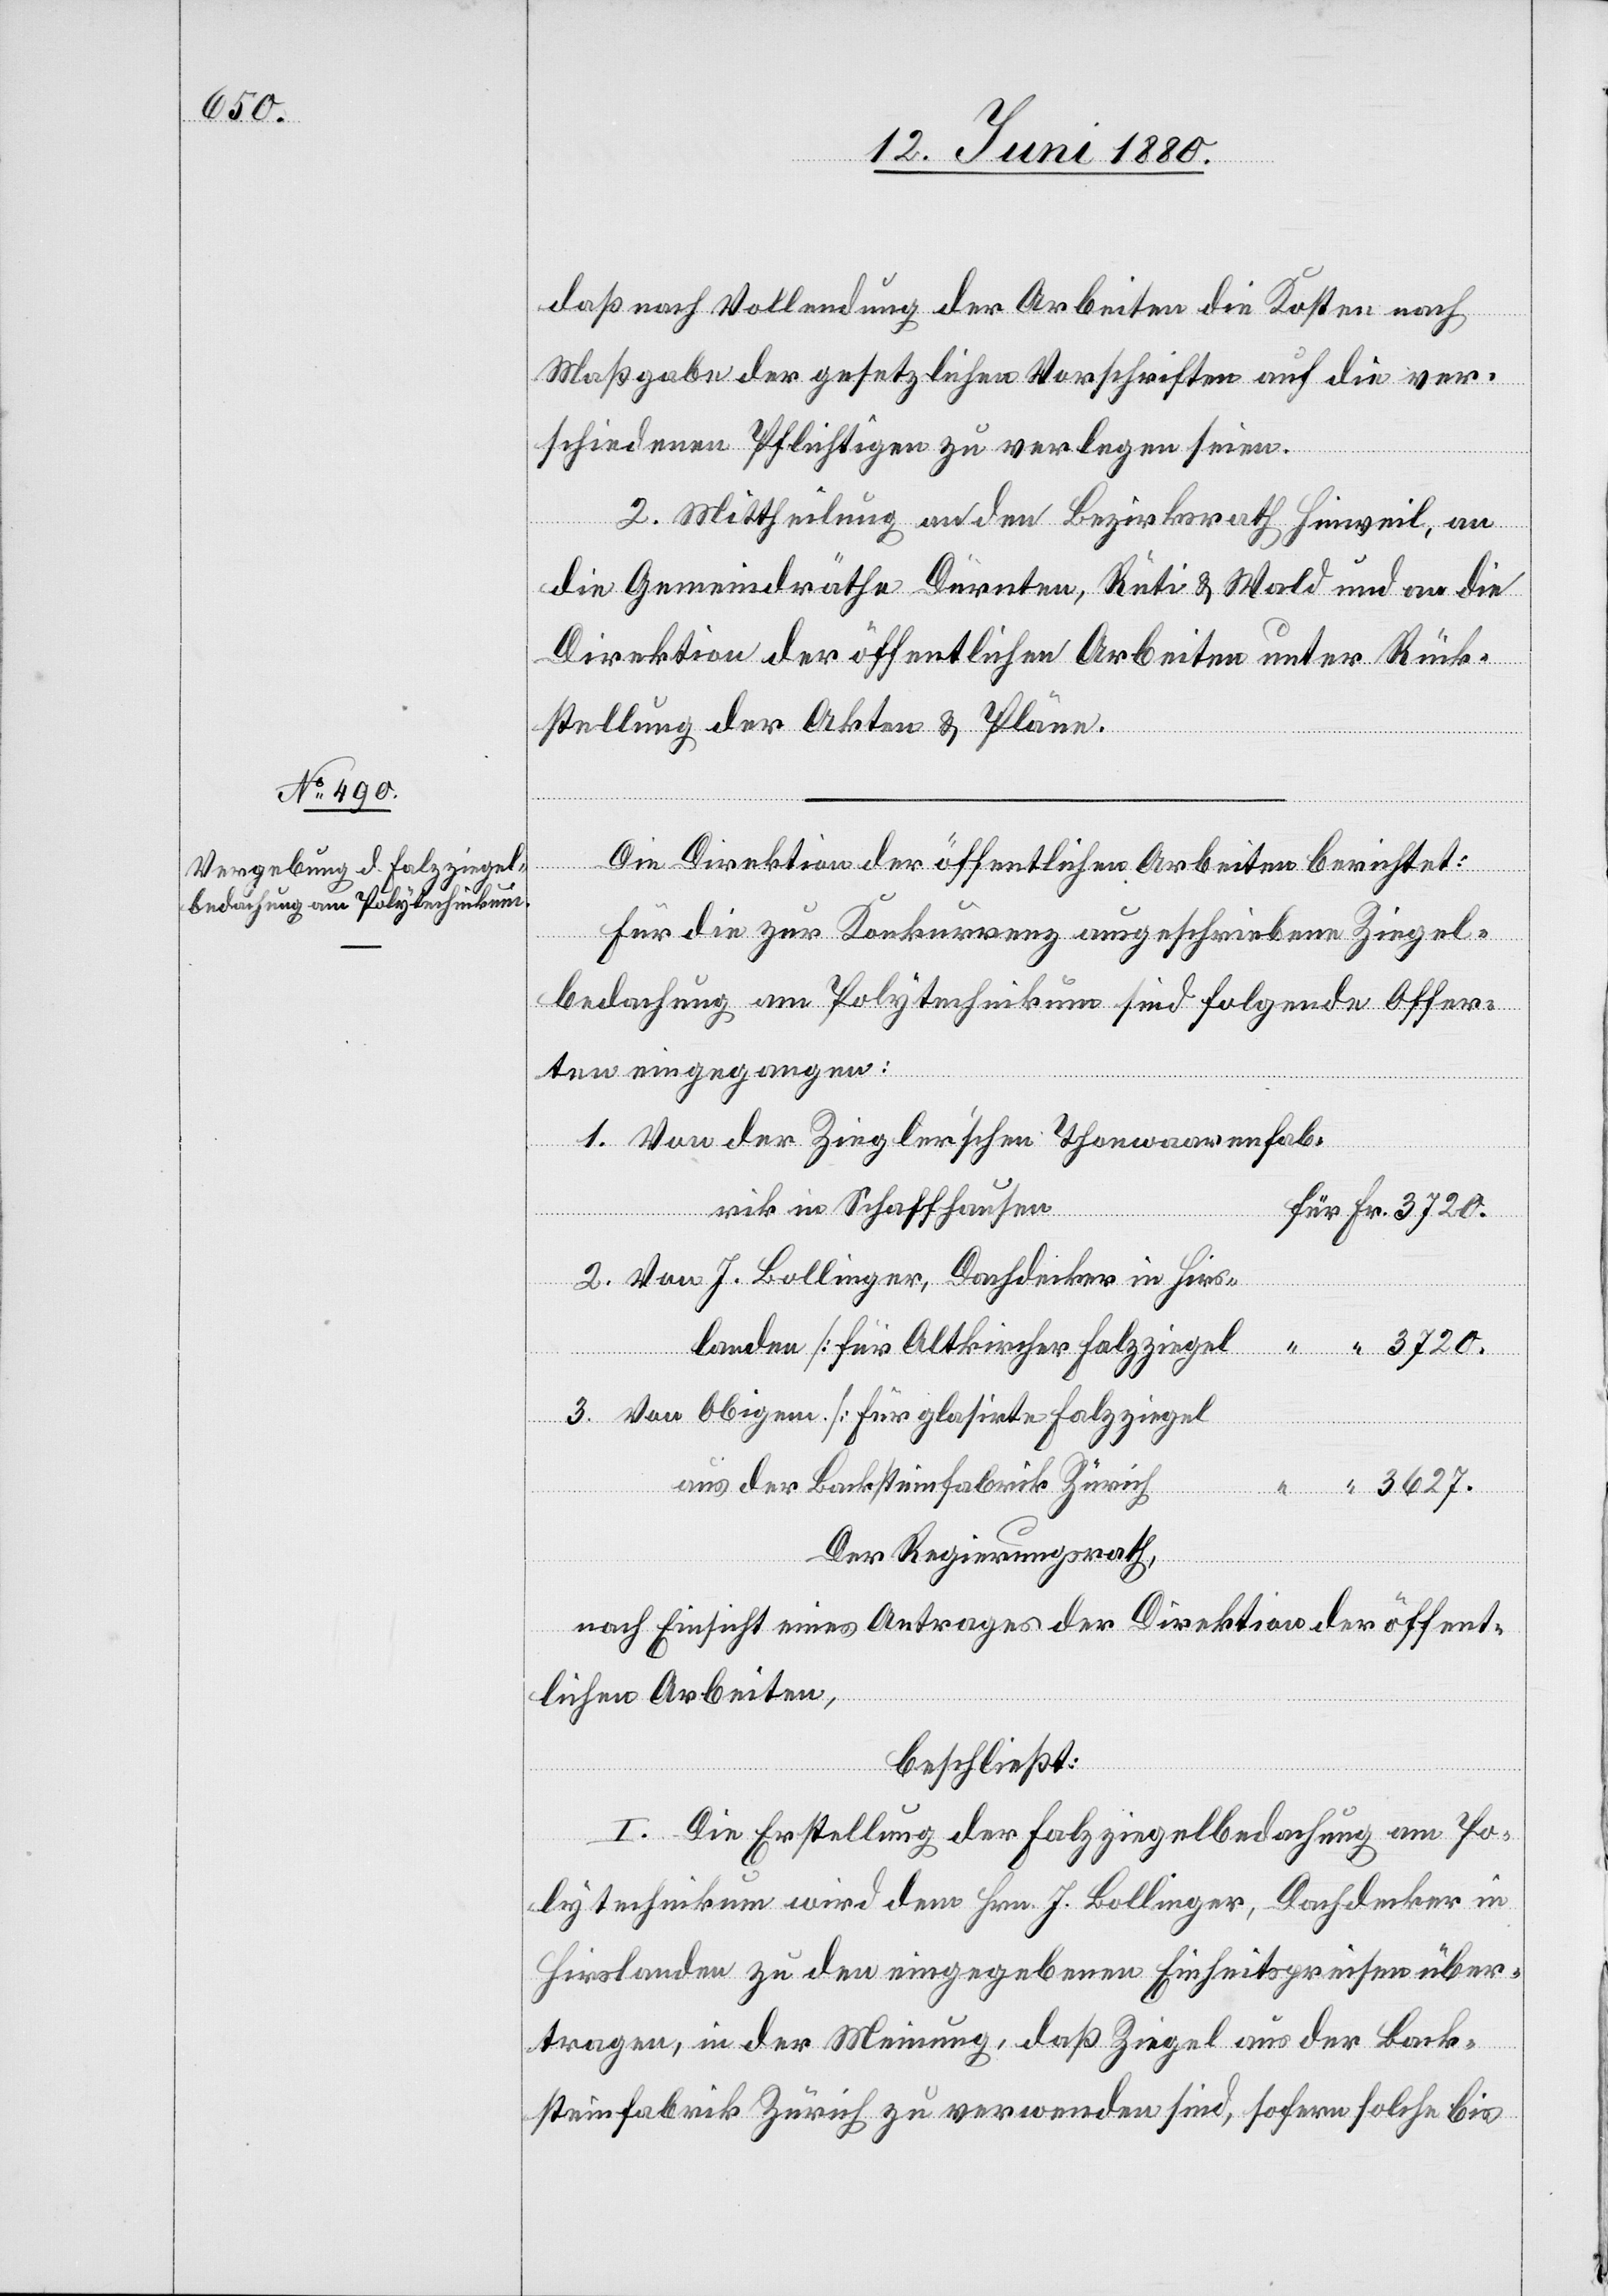
Die Direktion der öffentlichen Arbeiten berichtet:
Für die zur Konkurrenz ausgeschriebene Ziegel¬
bedachung am Polytechnikum sind folgende Offer¬
ten eingegangen:
1. Von der Ziegler’schen Thonwaarenfab¬
rik in Schaffhausen
2. Von J. Bollinger, Dachdecker in Hirs¬
landen [für Altkircher Falzziegel]
“
3. Von Obigem [für glasirte Falzziegel
aus der Backsteinfabrik Zürich]
“
“
3627.
Der Regierungsrath,
nach Einsicht eines Antrages der Direktion der öffent¬
lichen Arbeiten,
beschließt:
I. Die Erstellung der Falzziegelbedachung am Po¬
lytechnikum wird dem Hrn. J. Bollinger, Dachdecker in
Hirslanden zu den eingegebenen Einheitspreisen über¬
tragen, in der Meinung, daß Ziegel aus der Back¬
steinfabrik Zürich zu verwenden sind, sofern solche bis